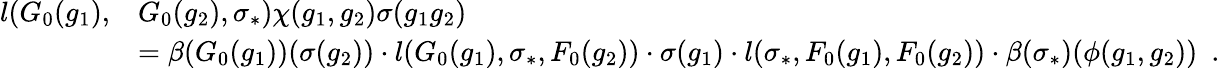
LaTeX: \begin{array}{rl}{l(G_{0}(g_{1}),}&{G_{0}(g_{2}),\sigma_{*})\chi(g_{1},g_{2})\sigma(g_{1}g_{2})}\\ &{=\beta(G_{0}(g_{1}))(\sigma(g_{2}))\cdot l(G_{0}(g_{1}),\sigma_{*},F_{0}(g_{2}))\cdot\sigma(g_{1})\cdot l(\sigma_{*},F_{0}(g_{1}),F_{0}(g_{2}))\cdot\beta(\sigma_{*})(\phi(g_{1},g_{2}))\ \ .}\end{array}